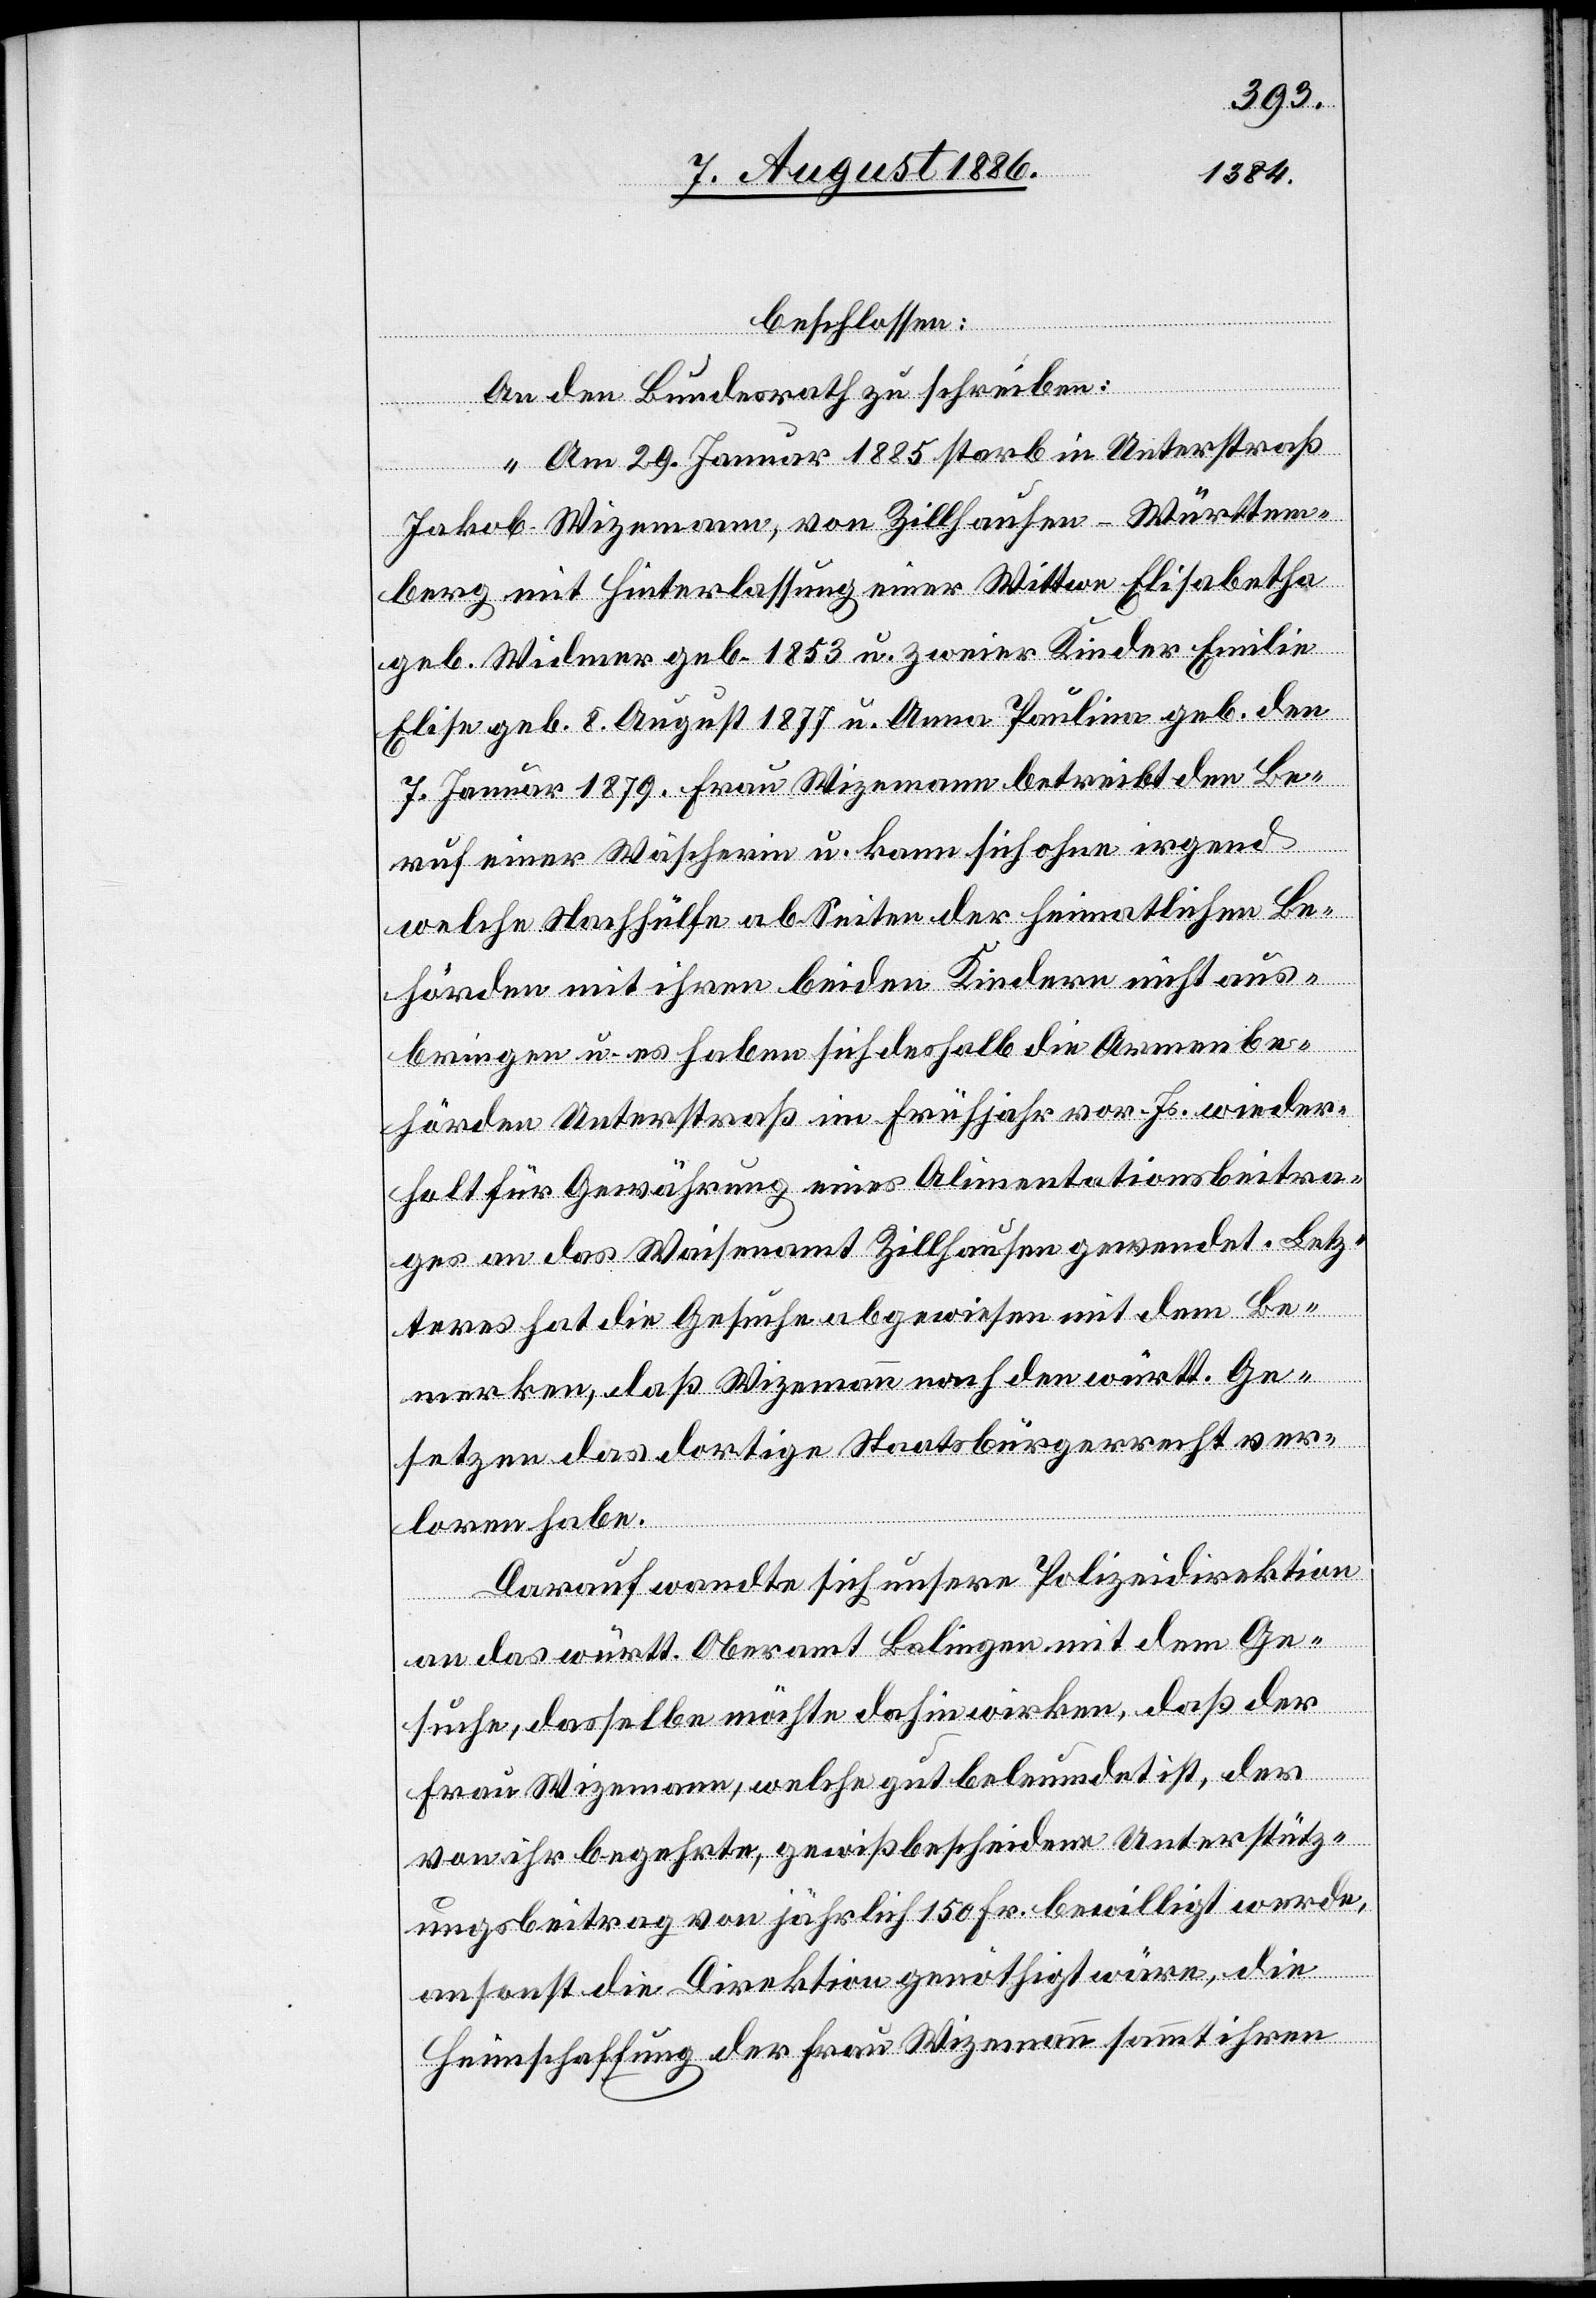
beschlossen:
An den Bundesrath zu schreiben:
„Am 29. Januar 1885 starb in Unterstraß
Jakob Wizemann, von Zillhausen - Württem¬
berg mit Hinterlassung einer Wittwe Elisabetha
geb. Widmer geb. 1853 u. zweier Kinder Emilie
Elise geb. 8. August 1877 u. Anna Paulina geb. den
7. Januar 1879. Frau Wizemann betreibt den Be¬
ruf einer Wäscherin u. kann sich ohne irgend
welche Nachhülfe ab Seiten der heimatlichen Be¬
hörden mit ihren beiden Kindern nicht aus¬
bringen u. es haben sich deshalb die Armenbe¬
hörden Unterstraß im Frühjahr vor. Js. wieder¬
holt für Gewährung eines Alimentationsbeitra¬
ges an das Waisenamt Zillhausen gewendet. Letz¬
teres hat die Gesuche abgewiesen mit dem Be¬
merken, daß Wizemann nach den württ. Ge¬
setzen das dortige Staatsbürgerrecht ver¬
loren habe.
Darauf wandte sich unsere Polizeidirektion
an das württ. Oberamt Balingen mit dem Ge¬
suche, dasselbe möchte dahin wirken, daß der
Frau Wizemann, welche gut beleumundet ist, der
von ihr begehrte, gewiß bescheidene Unterstütz¬
ungsbeitrag von jährlich 150 Fr. bewilligt werde,
ansonst die Direktion genöthigt wäre, die
Heimschaffung der Frau Wizemann sammt ihren